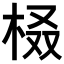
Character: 𣑚